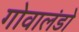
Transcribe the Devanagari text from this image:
गोवालंडो